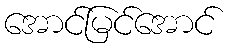
အောင်မြင်အောင်